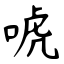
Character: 唬